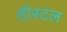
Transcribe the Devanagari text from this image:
हॉस्‍टल